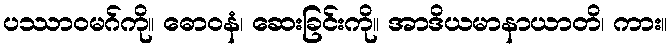
ပဿာဝမဂ်ကို။ ဓောဝနံ၊ ဆေးခြင်းကို။ အာဒိယမာနာယာတိ၊ ကား။